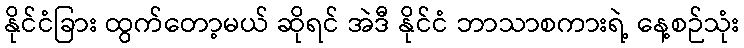
နိုင်ငံခြား ထွက်တော့မယ် ဆိုရင် အဲဒီ နိုင်ငံ ဘာသာစကားရဲ့ နေ့စဉ်သုံး